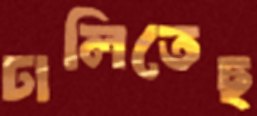
ঢালিতেছ